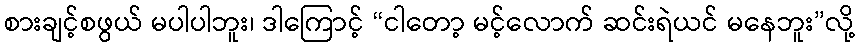
စားချင့်စဖွယ် မပါပါဘူး၊ ဒါကြောင့် “ငါတော့ မင့်လောက် ဆင်းရဲယင် မနေဘူး”လို့